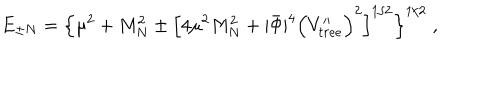
E _ { \pm N } = \Big \lbrace \mu ^ { 2 } + M _ { N } ^ { 2 } \pm \Big \lbrack 4 \mu ^ { 2 } M _ { N } ^ { 2 } + | \bar { \Phi } | ^ { 4 } \Big ( V _ { t r e e } ^ { \prime \prime } \Big ) ^ { 2 } \Big \rbrack ^ { 1 / 2 } \Big \rbrace ^ { 1 / 2 } \; ,